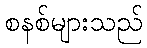
စနစ်များသည်